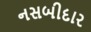
નસબીદાર